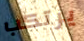
يرتكب